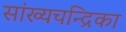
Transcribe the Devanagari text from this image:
सांख्‍यचन्द्रिका